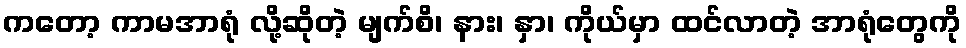
ကတော့ ကာမအာရုံ လို့ဆိုတဲ့ မျက်စိ၊ နား၊ နှာ၊ ကိုယ်မှာ ထင်လာတဲ့ အာရုံတွေကို